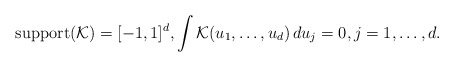
\begin{align*}\qquad\operatorname{support}(\mathcal{K} ) = [-1,1]^d,\int\mathcal{K}(u_1, \ldots, u_d) \,du_j = 0, j = 1, \ldots,d.\end{align*}